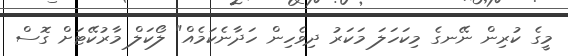
މީގެ ކުރިން ނޭނގެ މިކަހަލަ މަކަރު ދިވެހިން ހަދާނެކަމެއް" ލޯކަލް މާރުކޭޓަށް ގޮސް